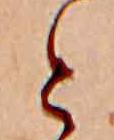
と